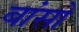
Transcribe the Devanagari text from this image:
बांसो